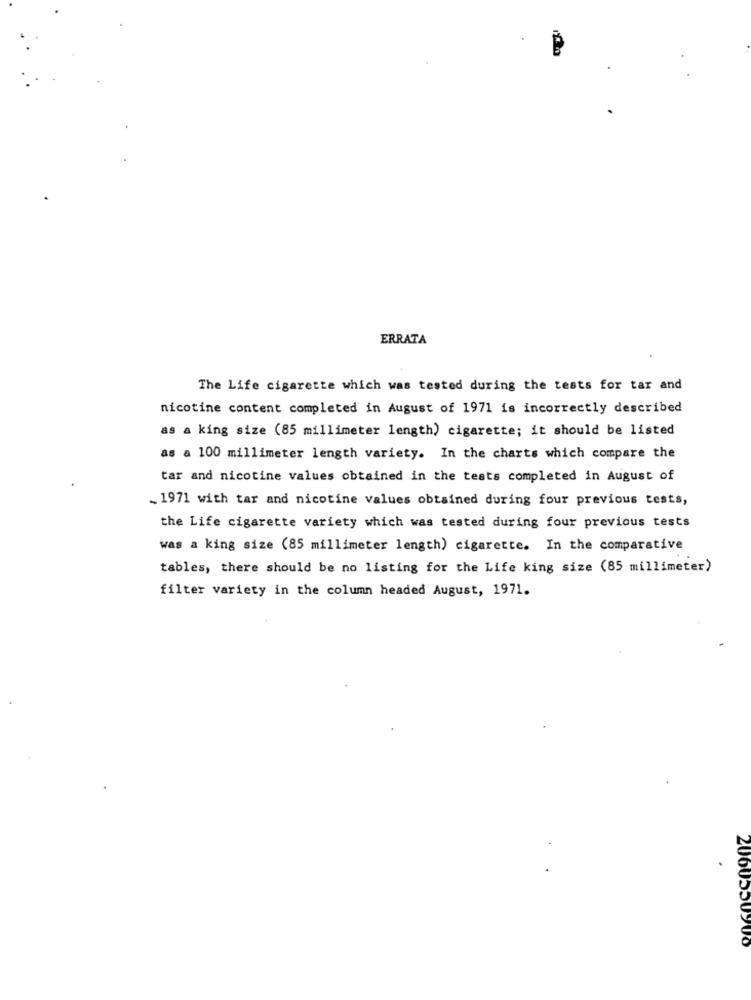
ERRATA
The Life cigarette which was tested during the tests for tar and
nicotine content completed in August of 1971 is incorrectly described
as a king size (85 millimeter length) cigarette; it should be listed
as a 100 millimeter length variety. In the charts which compare the
tar and nicotine values obtained in the tests completed in August of
„ 1971 with tar and nicotine values obtained during four previous tests,
the Life cigarette variety which was tested during four previous tests
was a king size (85 millimeter length) cigarette. In the comparative
tables, there should be no listing for the Life king size (85 millimeter)
filter variety in the column headed August, 1971.
2060CC090Z